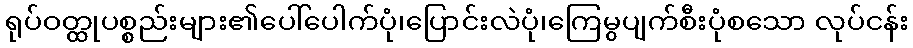
ရုပ်ဝတ္ထုပစ္စည်းများ၏ပေါ်ပေါက်ပုံ၊ပြောင်းလဲပုံ၊ကြေမွပျက်စီးပုံစသော လုပ်ငန်း